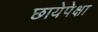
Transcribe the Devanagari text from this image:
छायेपेक्षा